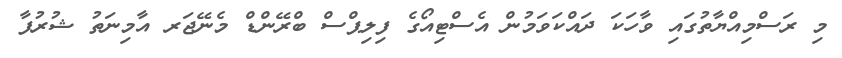
މި ރަސްމިއްޔާތުގައި ވާހަކަ ދައްކަވަމުން އެސްޓިއޯގެ ފިލިޕްސް ބްރޭންޑް މެނޭޖަރ އާމިނަތު ޝުރުފާ